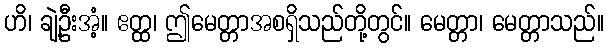
ဟိ၊ ချဲ့ဦးအံ့။ ဧတ္ထ၊ ဤမေတ္တာအစရှိသည်တို့တွင်။ မေတ္တာ၊ မေတ္တာသည်။